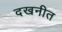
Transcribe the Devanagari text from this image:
दखनीत